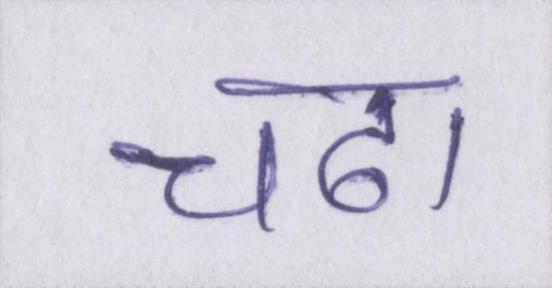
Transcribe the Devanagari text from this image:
चढा